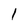
Character: 1